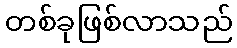
တစ်ခုဖြစ်လာသည်